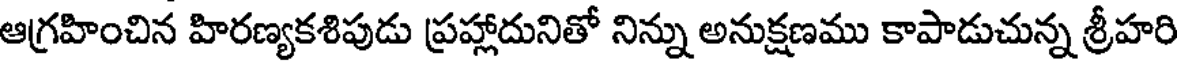
ఆగ్రహించిన హిరణ్యకశిపుడు ప్రహ్లాదునితో నిన్ను అనుక్షణము కాపాడుచున్న శ్రీహరి